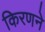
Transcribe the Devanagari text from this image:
किरणने